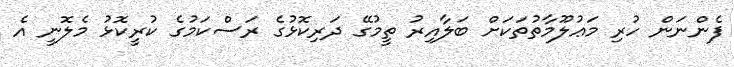
ފެންނަން ހުރި މަޢުލޫމާތުތަކަށް ބަލާއިރު ތީމުގޭ ދަރިކޮޅުގެ ރަސްކަމުގެ ކުރީކޮޅު މެލޮނީ އެ